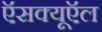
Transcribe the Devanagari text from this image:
ऍसक्यूऍल